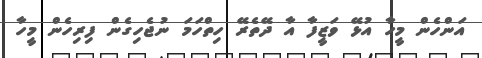
އަންހެން މީހާ އުޅޭ ވަޒީފާ އާ ދޭތެރޭ ހިތްހަމަ ނުޖެހިގެން ފިރިހެން މީހާ